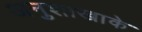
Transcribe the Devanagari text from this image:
अनुशाखाके